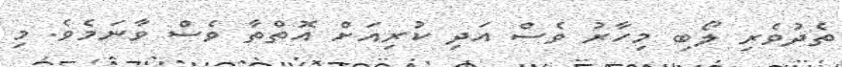
ތެދުވެރި ލޯބި މިހާރު ވެސް އަދި ކުރިއަށް އޮތްތާ ވެސް ވާނަމެވެ. މި